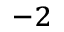
^ { - 2 }